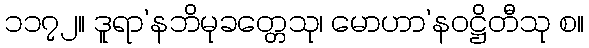
၁၁၇၂။ ဒူရာ’နဘိမုခတ္တေသု၊ မောဟာ’နဝဋ္ဌိတီသု စ။